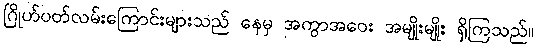
ဂြိုဟ်ပတ်လမ်းကြောင်းများသည် နေမှ အကွာအဝေး အမျိုးမျိုး ရှိကြသည်။